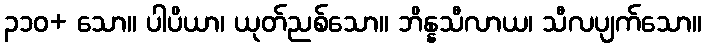
၃၁၀+ သော။ ပါပိယာ၊ ယုတ်ညစ်သော။ ဘိန္နသီလာယ၊ သီလပျက်သော။